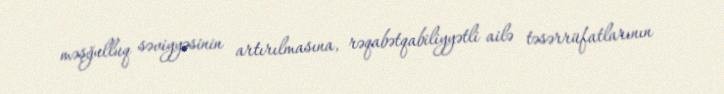
məşğulluq səviyyəsinin artırılmasına, rəqabətqabiliyyətli ailə təsərrüfatlarının